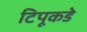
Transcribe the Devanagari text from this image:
टिपूकडे